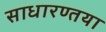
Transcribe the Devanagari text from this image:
साधारण्तया